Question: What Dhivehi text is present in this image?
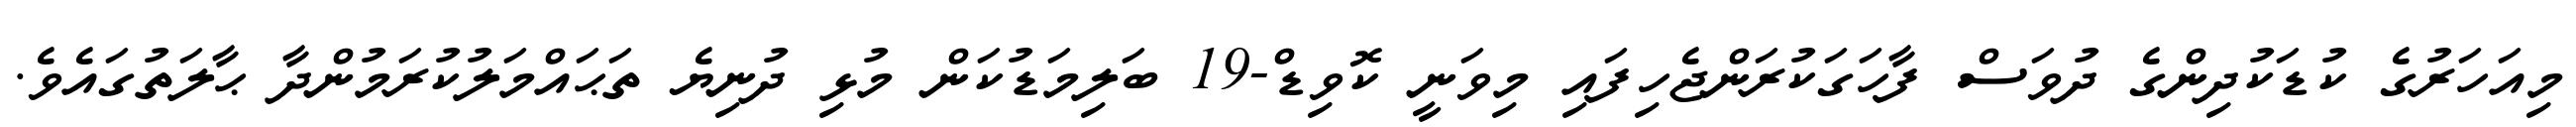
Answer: މިއަހަރުގެ ކުޑަކުދިންގެ ދުވަސް ފާހަގަކުރަންޖެހިފައި މިވަނީ ކޮވިޑް-19 ބަލިމަޑުކަން މުޅި ދުނިޔެ ތަޙައްމަލުކުރަމުންދާ ޙާލަތުގައެވެ.